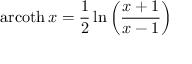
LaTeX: \operatorname { a r c o t h } x = { \frac { 1 } { 2 } } \ln \left( { \frac { x + 1 } { x - 1 } } \right)